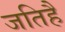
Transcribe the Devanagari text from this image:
जतिहै